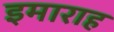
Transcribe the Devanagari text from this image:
इमाराह